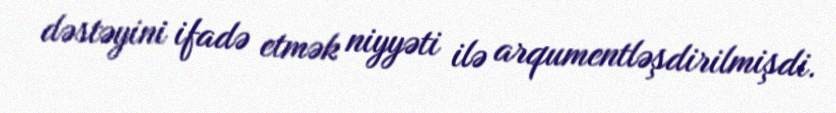
dəstəyini ifadə etmək niyyəti ilə arqumentləşdirilmişdi.